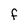
Character: f